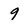
Character: 9